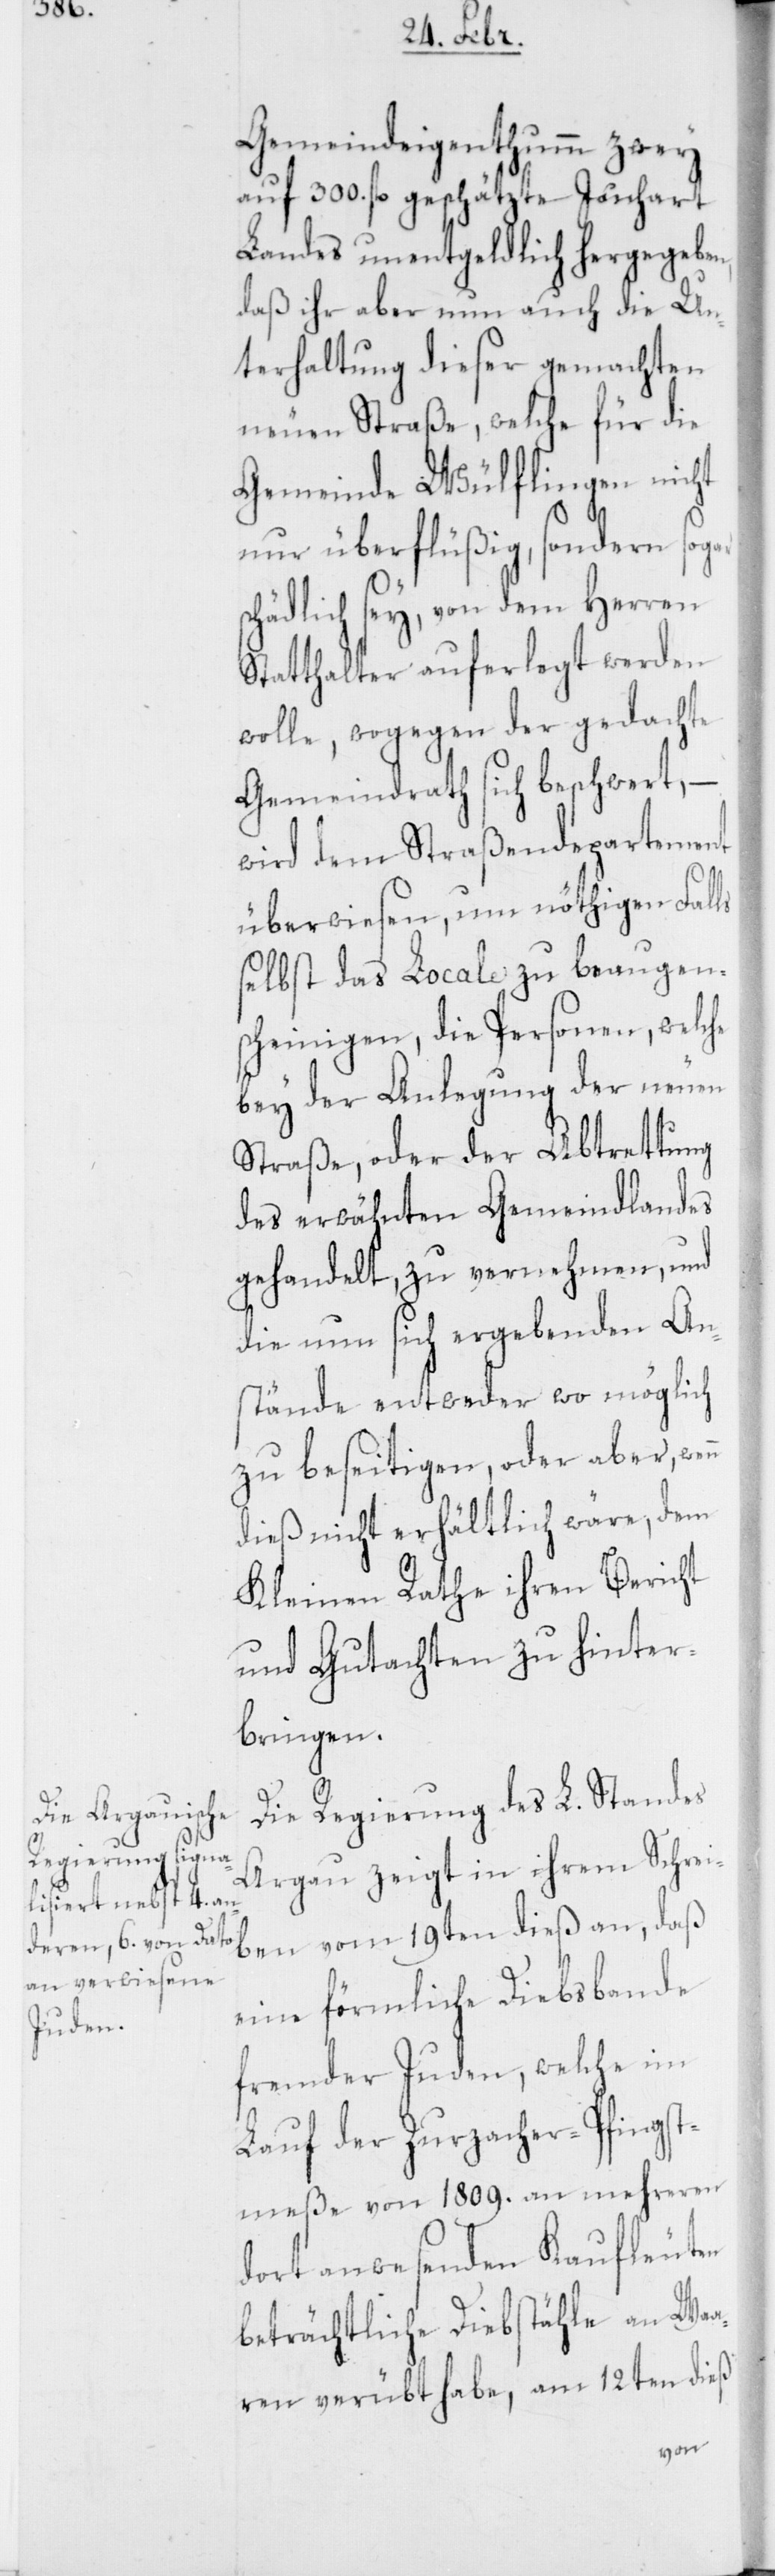
Gemeindeigenthumm zwey
auf 300. fl. geschätzte Juchart
Landes unentgeldlich hergegeben,
daß ihr aber nun auch die Un¬
terhaltung dieser gemachten
neuen Straße, welche für die
Gemeinde Wülflingen nicht
nur überflüßig, sondern sogar
schädlich sey, von dem Herren
Statthalter auferlegt werden
wolle, wogegen der gedachte
Gemeindrath sich beschwert, –
wird dem Straßendepartement
überwiesen, um nöthigen Falls
selbst das Locale zu beaugen¬
scheinigen, die Personen, welche
bey der Anlegung der neuen
Straße, oder der Abtrettung
des erwähnten Gemeindlandes
gehandelt, zu vernehmen, und
die nun sich ergebenden An¬
stände entweder wo möglich
zu beseitigen, oder aber,
dieß nicht erhältlich wäre, dem
Kleinen Rathe ihren Bericht
und Gutachten zu hinter¬
bringen.
Die Regierung des L. Standes
Argau zeigt in ihrem Schrei¬
ben vom 19ten dieß an, daß
eine förmliche Diebsbande
fremder Juden, welche im
Lauf der Zurzacher Pfingst¬
meße von 1809. an mehreren
dort anwesenden Kaufleuten
beträchtliche Diebstähle an Waa¬
ren verübt habe, am 12ten dieß